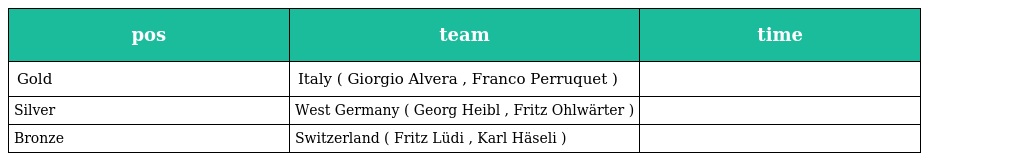
| pos | team | time |
 | --- | --- | --- |
 | Gold | Italy ( Giorgio Alvera , Franco Perruquet ) |  |
 | Silver | West Germany ( Georg Heibl , Fritz Ohlwärter ) |  |
 | Bronze | Switzerland ( Fritz Lüdi , Karl Häseli ) |  |